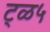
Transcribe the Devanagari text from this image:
ट्ळ५